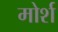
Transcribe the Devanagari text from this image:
मोर्श